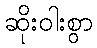
ဆိုးဝါးစွာ